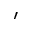
^ \prime